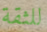
للثقة